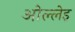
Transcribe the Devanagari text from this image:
ओल्लेइ